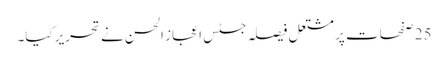
25 صفحات پر مشتعل فیصلہ جسٹس اعجاز الحسن نے تحریر کیا۔